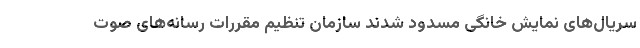
سریال‌های نمایش خانگی مسدود شدند سازمان تنظیم مقررات رسانه‌های صوت